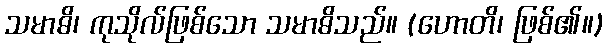
သမာဓိ၊ ကုသိုလ်ဖြစ်သော သမာဓိသည်။ (ဟောတိ၊ ဖြစ်၏။)